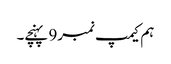
ہم کیمپ نمبر9 پہنچے۔